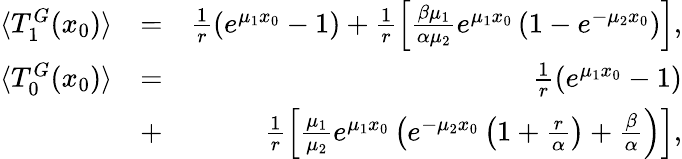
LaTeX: \begin{array}{rlr}{\langle T_{1}^{G}(x_{0})\rangle}&{=}&{\frac{1}{r}\left(e^{\mu_{1}x_{0}}-1\right)+\frac{1}{r}\left[\frac{\beta\mu_{1}}{\alpha\mu_{2}}e^{\mu_{1}x_{0}}\left(1-e^{-\mu_{2}x_{0}}\right)\right],}\\ {\langle T_{0}^{G}(x_{0})\rangle}&{=}&{\frac{1}{r}\left(e^{\mu_{1}x_{0}}-1\right)}\\ &{+}&{\frac{1}{r}\left[\frac{\mu_{1}}{\mu_{2}}e^{\mu_{1}x_{0}}\left(e^{-\mu_{2}x_{0}}\left(1+\frac{r}{\alpha}\right)\right.+\left.\frac{\beta}{\alpha}\right)\right],}\end{array}